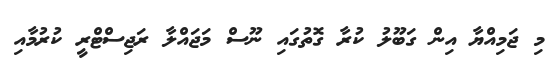
މި ޖަމިއްޔާ އިން ގަބޫލު ކުރާ ގޮތުގައި ނޫސް މަޖައްލާ ރަޖިސްޓްރީ ކުރުމާއި